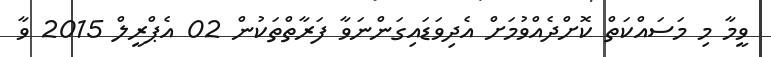
ވީމާ މި މަސައްކަތް ކޮށްދެއްވުމަށް އެދިވަޑައިގަންނަވާ ފަރާތްތަކުން 02 އެޕްރީލް 2015 ވާ